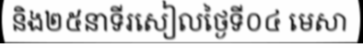
និង២៥នាទីរសៀលថ្ងៃទី០៤ មេសា